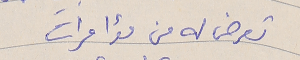
تعرض له من مؤامرات